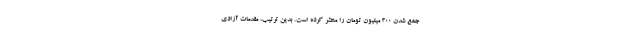
جمع شدن 300 میلیون تومان را منتشر کرده است. بدین ترتیب، مقدمات آزادی